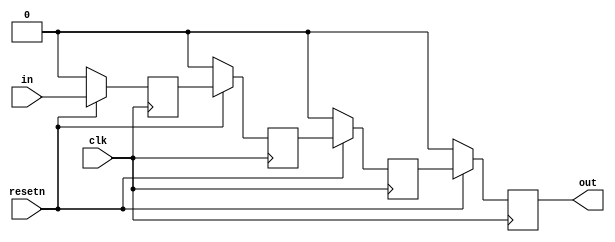
module top_module (
    input clk,
    input resetn,   // synchronous reset
    input in,
    output out);
    reg q1,q2,q3;
    always@(posedge clk)begin
        if(!resetn)begin
            {q1,q2,q3} <= 3'd0;
            out <= 1'b0;
        end
        else begin
            q1 <= in;
            q2 <= q1;
            q3 <= q2;
            out <= q3;
        end
    end
            

endmodule